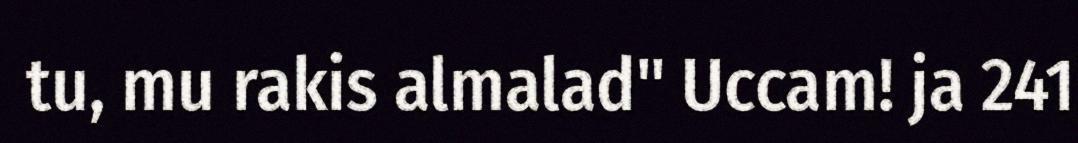
tu, mu rakis almalad" Uccam! ja 241